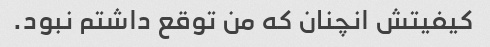
کیفیتش انچنان که من توقع داشتم نبود.